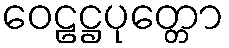
ဝေဠဋ္ဌပုတ္တော